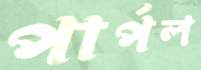
পার্পল